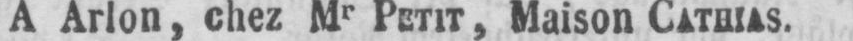
A Arlon, chez Mr PETIT, Maison CATHIAS.